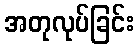
အတုလုပ်ခြင်း